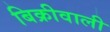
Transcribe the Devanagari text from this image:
बिक्रीवाली